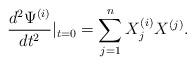
LaTeX: \begin{align*}\frac{d^{2}\Psi^{(i)}}{dt^{2}}|_{t=0}=\sum_{j=1}^{n}X_{j}^{(i)}X^{(j)}.\end{align*}